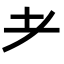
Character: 耂